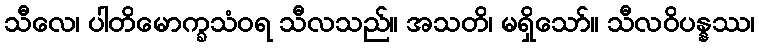
သီလေ၊ ပါတိမောက္ခသံဝရ သီလသည်။ အသတိ၊ မရှိသော်။ သီလဝိပန္နဿ၊